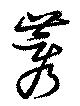
莠